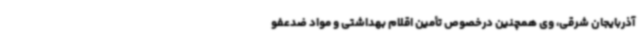
آذربایجان شرقی، وی همچنین درخصوص تأمین اقلام بهداشتی و مواد ضدعفو